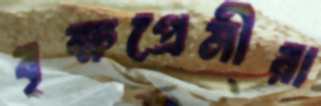
বৃক্ষপ্রেমীরা